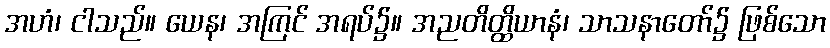
အဟံ၊ ငါသည်။ ယေန၊ အကြင် အရပ်၌။ အညတိတ္ထိယာနံ၊ သာသနာတော်၌ ဖြစ်သော